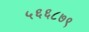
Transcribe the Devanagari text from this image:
५६६८७९